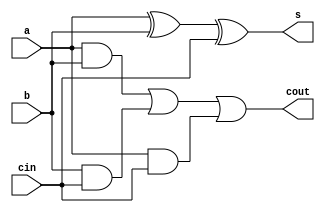
module fulladder(a,b,cin,s,cout);

input a,b,cin;
output s,cout;

assign s=a^b^cin;
assign cout=(a&b)|(b&cin)|(a&cin);

endmodule


module csaveadder(X,Y,Z,U,V);
input [63:0]X;
input [63:0]Y;
input [63:0]Z;
output [63:0]U;
output [63:0]V;
wire temp;

assign V[0]=0;

fulladder fa0(X[0],Y[0],Z[0],U[0],V[1]);
fulladder fa1(X[1],Y[1],Z[1],U[1],V[2]);
fulladder fa2(X[2],Y[2],Z[2],U[2],V[3]);
fulladder fa3(X[3],Y[3],Z[3],U[3],V[4]);
fulladder fa4(X[4],Y[4],Z[4],U[4],V[5]);
fulladder fa5(X[5],Y[5],Z[5],U[5],V[6]);
fulladder fa6(X[6],Y[6],Z[6],U[6],V[7]);
fulladder fa7(X[7],Y[7],Z[7],U[7],V[8]);
fulladder fa8(X[8],Y[8],Z[8],U[8],V[9]);
fulladder fa9(X[9],Y[9],Z[9],U[9],V[10]);
fulladder fa10(X[10],Y[10],Z[10],U[10],V[11]);
fulladder fa11(X[11],Y[11],Z[11],U[11],V[12]);
fulladder fa12(X[12],Y[12],Z[12],U[12],V[13]);
fulladder fa13(X[13],Y[13],Z[13],U[13],V[14]);
fulladder fa14(X[14],Y[14],Z[14],U[14],V[15]);
fulladder fa15(X[15],Y[15],Z[15],U[15],V[16]);
fulladder fa16(X[16],Y[16],Z[16],U[16],V[17]);
fulladder fa17(X[17],Y[17],Z[17],U[17],V[18]);
fulladder fa18(X[18],Y[18],Z[18],U[18],V[19]);
fulladder fa19(X[19],Y[19],Z[19],U[19],V[20]);
fulladder fa20(X[20],Y[20],Z[20],U[20],V[21]);
fulladder fa21(X[21],Y[21],Z[21],U[21],V[22]);
fulladder fa22(X[22],Y[22],Z[22],U[22],V[23]);
fulladder fa23(X[23],Y[23],Z[23],U[23],V[24]);
fulladder fa24(X[24],Y[24],Z[24],U[24],V[25]);
fulladder fa25(X[25],Y[25],Z[25],U[25],V[26]);
fulladder fa26(X[26],Y[26],Z[26],U[26],V[27]);
fulladder fa27(X[27],Y[27],Z[27],U[27],V[28]);
fulladder fa28(X[28],Y[28],Z[28],U[28],V[29]);
fulladder fa29(X[29],Y[29],Z[29],U[29],V[30]);
fulladder fa30(X[30],Y[30],Z[30],U[30],V[31]);
fulladder fa31(X[31],Y[31],Z[31],U[31],V[32]);
fulladder fa32(X[32],Y[32],Z[32],U[32],V[33]);
fulladder fa33(X[33],Y[33],Z[33],U[33],V[34]);
fulladder fa34(X[34],Y[34],Z[34],U[34],V[35]);
fulladder fa35(X[35],Y[35],Z[35],U[35],V[36]);
fulladder fa36(X[36],Y[36],Z[36],U[36],V[37]);
fulladder fa37(X[37],Y[37],Z[37],U[37],V[38]);
fulladder fa38(X[38],Y[38],Z[38],U[38],V[39]);
fulladder fa39(X[39],Y[39],Z[39],U[39],V[40]);
fulladder fa40(X[40],Y[40],Z[40],U[40],V[41]);
fulladder fa41(X[41],Y[41],Z[41],U[41],V[42]);
fulladder fa42(X[42],Y[42],Z[42],U[42],V[43]);
fulladder fa43(X[43],Y[43],Z[43],U[43],V[44]);
fulladder fa44(X[44],Y[44],Z[44],U[44],V[45]);
fulladder fa45(X[45],Y[45],Z[45],U[45],V[46]);
fulladder fa46(X[46],Y[46],Z[46],U[46],V[47]);
fulladder fa47(X[47],Y[47],Z[47],U[47],V[48]);
fulladder fa48(X[48],Y[48],Z[48],U[48],V[49]);
fulladder fa49(X[49],Y[49],Z[49],U[49],V[50]);
fulladder fa50(X[50],Y[50],Z[50],U[50],V[51]);
fulladder fa51(X[51],Y[51],Z[51],U[51],V[52]);
fulladder fa52(X[52],Y[52],Z[52],U[52],V[53]);
fulladder fa53(X[53],Y[53],Z[53],U[53],V[54]);
fulladder fa54(X[54],Y[54],Z[54],U[54],V[55]);
fulladder fa55(X[55],Y[55],Z[55],U[55],V[56]);
fulladder fa56(X[56],Y[56],Z[56],U[56],V[57]);
fulladder fa57(X[57],Y[57],Z[57],U[57],V[58]);
fulladder fa58(X[58],Y[58],Z[58],U[58],V[59]);
fulladder fa59(X[59],Y[59],Z[59],U[59],V[60]);
fulladder fa60(X[60],Y[60],Z[60],U[60],V[61]);
fulladder fa61(X[61],Y[61],Z[61],U[61],V[62]);
fulladder fa62(X[62],Y[62],Z[62],U[62],V[63]);
fulladder fa63(X[63],Y[63],Z[63],U[63],temp);

endmodule